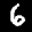
Label: 6